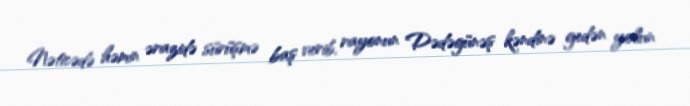
Nəticədə həmin ərazidə sürüşmə baş verib, rayonun Dədəgünəş kəndinə gedən yolun